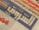
السروق